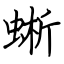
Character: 蜥